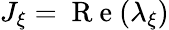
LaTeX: J_{\xi}=\mathrm{~R~e~}(\lambda_{\xi})